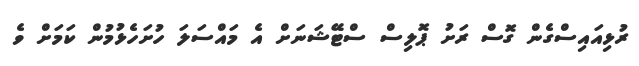
ރުޅިއައިސްގެން ގޮސް ރަށު ޕޮލިސް ސްޓޭޝަނަށް އެ މައްސަލަ ހުށަހެޅުމުން ކަމަށް ވެ